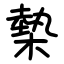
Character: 槷